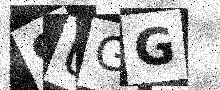
Text: 9UGG